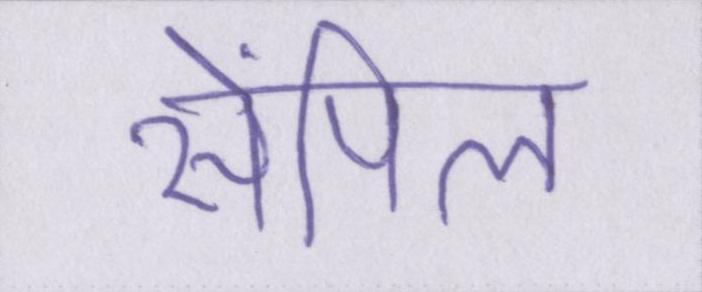
सेंपिल